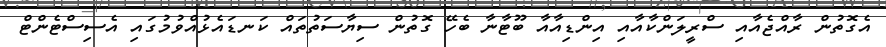
އެގޮތުން ރާއްޖެއާއި ސްރީލަންކާއާއި އިންޑިއާއާ ބޫޓާނާ ބެހޭ ގޮތުން ސިޔާސަތުތައް ކަނޑައެޅުއްވުމުގައި އެސިސްޓެންޓް